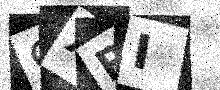
Text: 9XRI